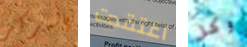
بالمركز اعتقدت وكل